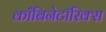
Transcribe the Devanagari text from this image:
काँबिनेटॉरिक्स